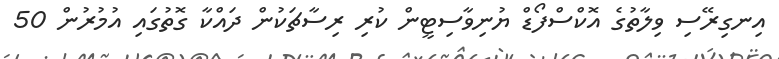
އިނގިރޭސި ވިލާތުގެ އޮކްސްފޯޑް ޔުނިވާސިޓީން ކުރި ރިސާޗަކުން ދައްކާ ގޮތުގައި އުމުރުން 50